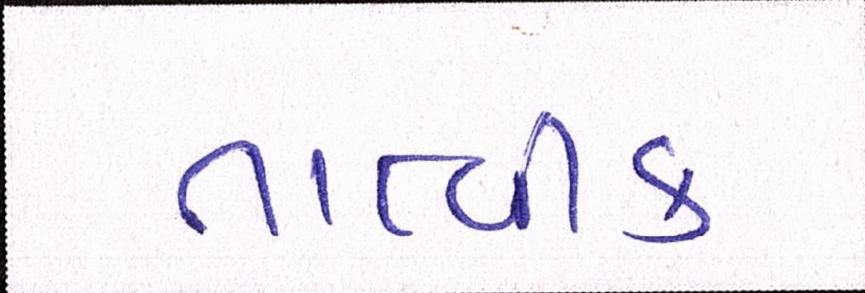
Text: તાત્વીક